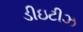
ડીઇટીઝ